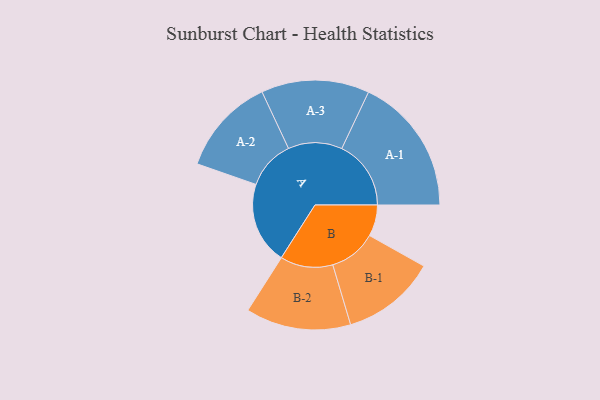
{"axis": {"x": "Segment", "y": "Value"}, "legend": ["", "A", "B"], "data": [{"x": "A", "y": 351, "type": ""}, {"x": "B", "y": 134, "type": ""}, {"x": "A-1", "y": 296, "type": "A"}, {"x": "A-2", "y": 209, "type": "A"}, {"x": "A-3", "y": 231, "type": "A"}, {"x": "B-1", "y": 202, "type": "B"}, {"x": "B-2", "y": 225, "type": "B"}]}